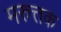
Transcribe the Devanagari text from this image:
मरुत्तक